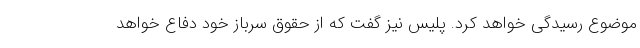
موضوع رسیدگی خواهد کرد. پلیس نیز گفت که از حقوق سرباز خود دفاع خواهد